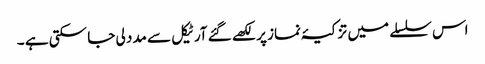
اس سلسلے میں تزکیۂ نماز پر لکھے گئے آرٹیکل سے مدد لی جا سکتی ہے ۔